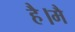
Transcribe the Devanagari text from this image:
है।मै